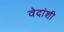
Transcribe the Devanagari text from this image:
वेदांशी